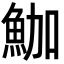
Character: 𩶛